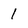
Character: 1